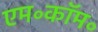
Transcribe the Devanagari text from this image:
एम॰कॉम॰